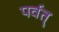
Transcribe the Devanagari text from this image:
पर्वत्